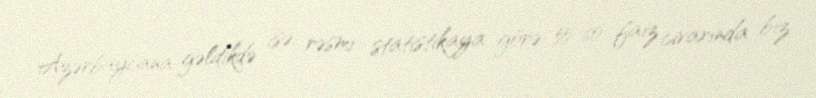
Azərbaycana gəldikdə isə, rəsmi statistikaya görə 55-60 faiz civarında biz